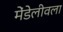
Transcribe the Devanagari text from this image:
मेंडेलीवला